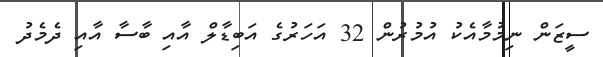
ސީޒަން ނިމުމާއެކު އުމުރުން 32 އަހަރުގެ އަބިޑާލް އާއި ބާސާ އާއި ދެމެދު